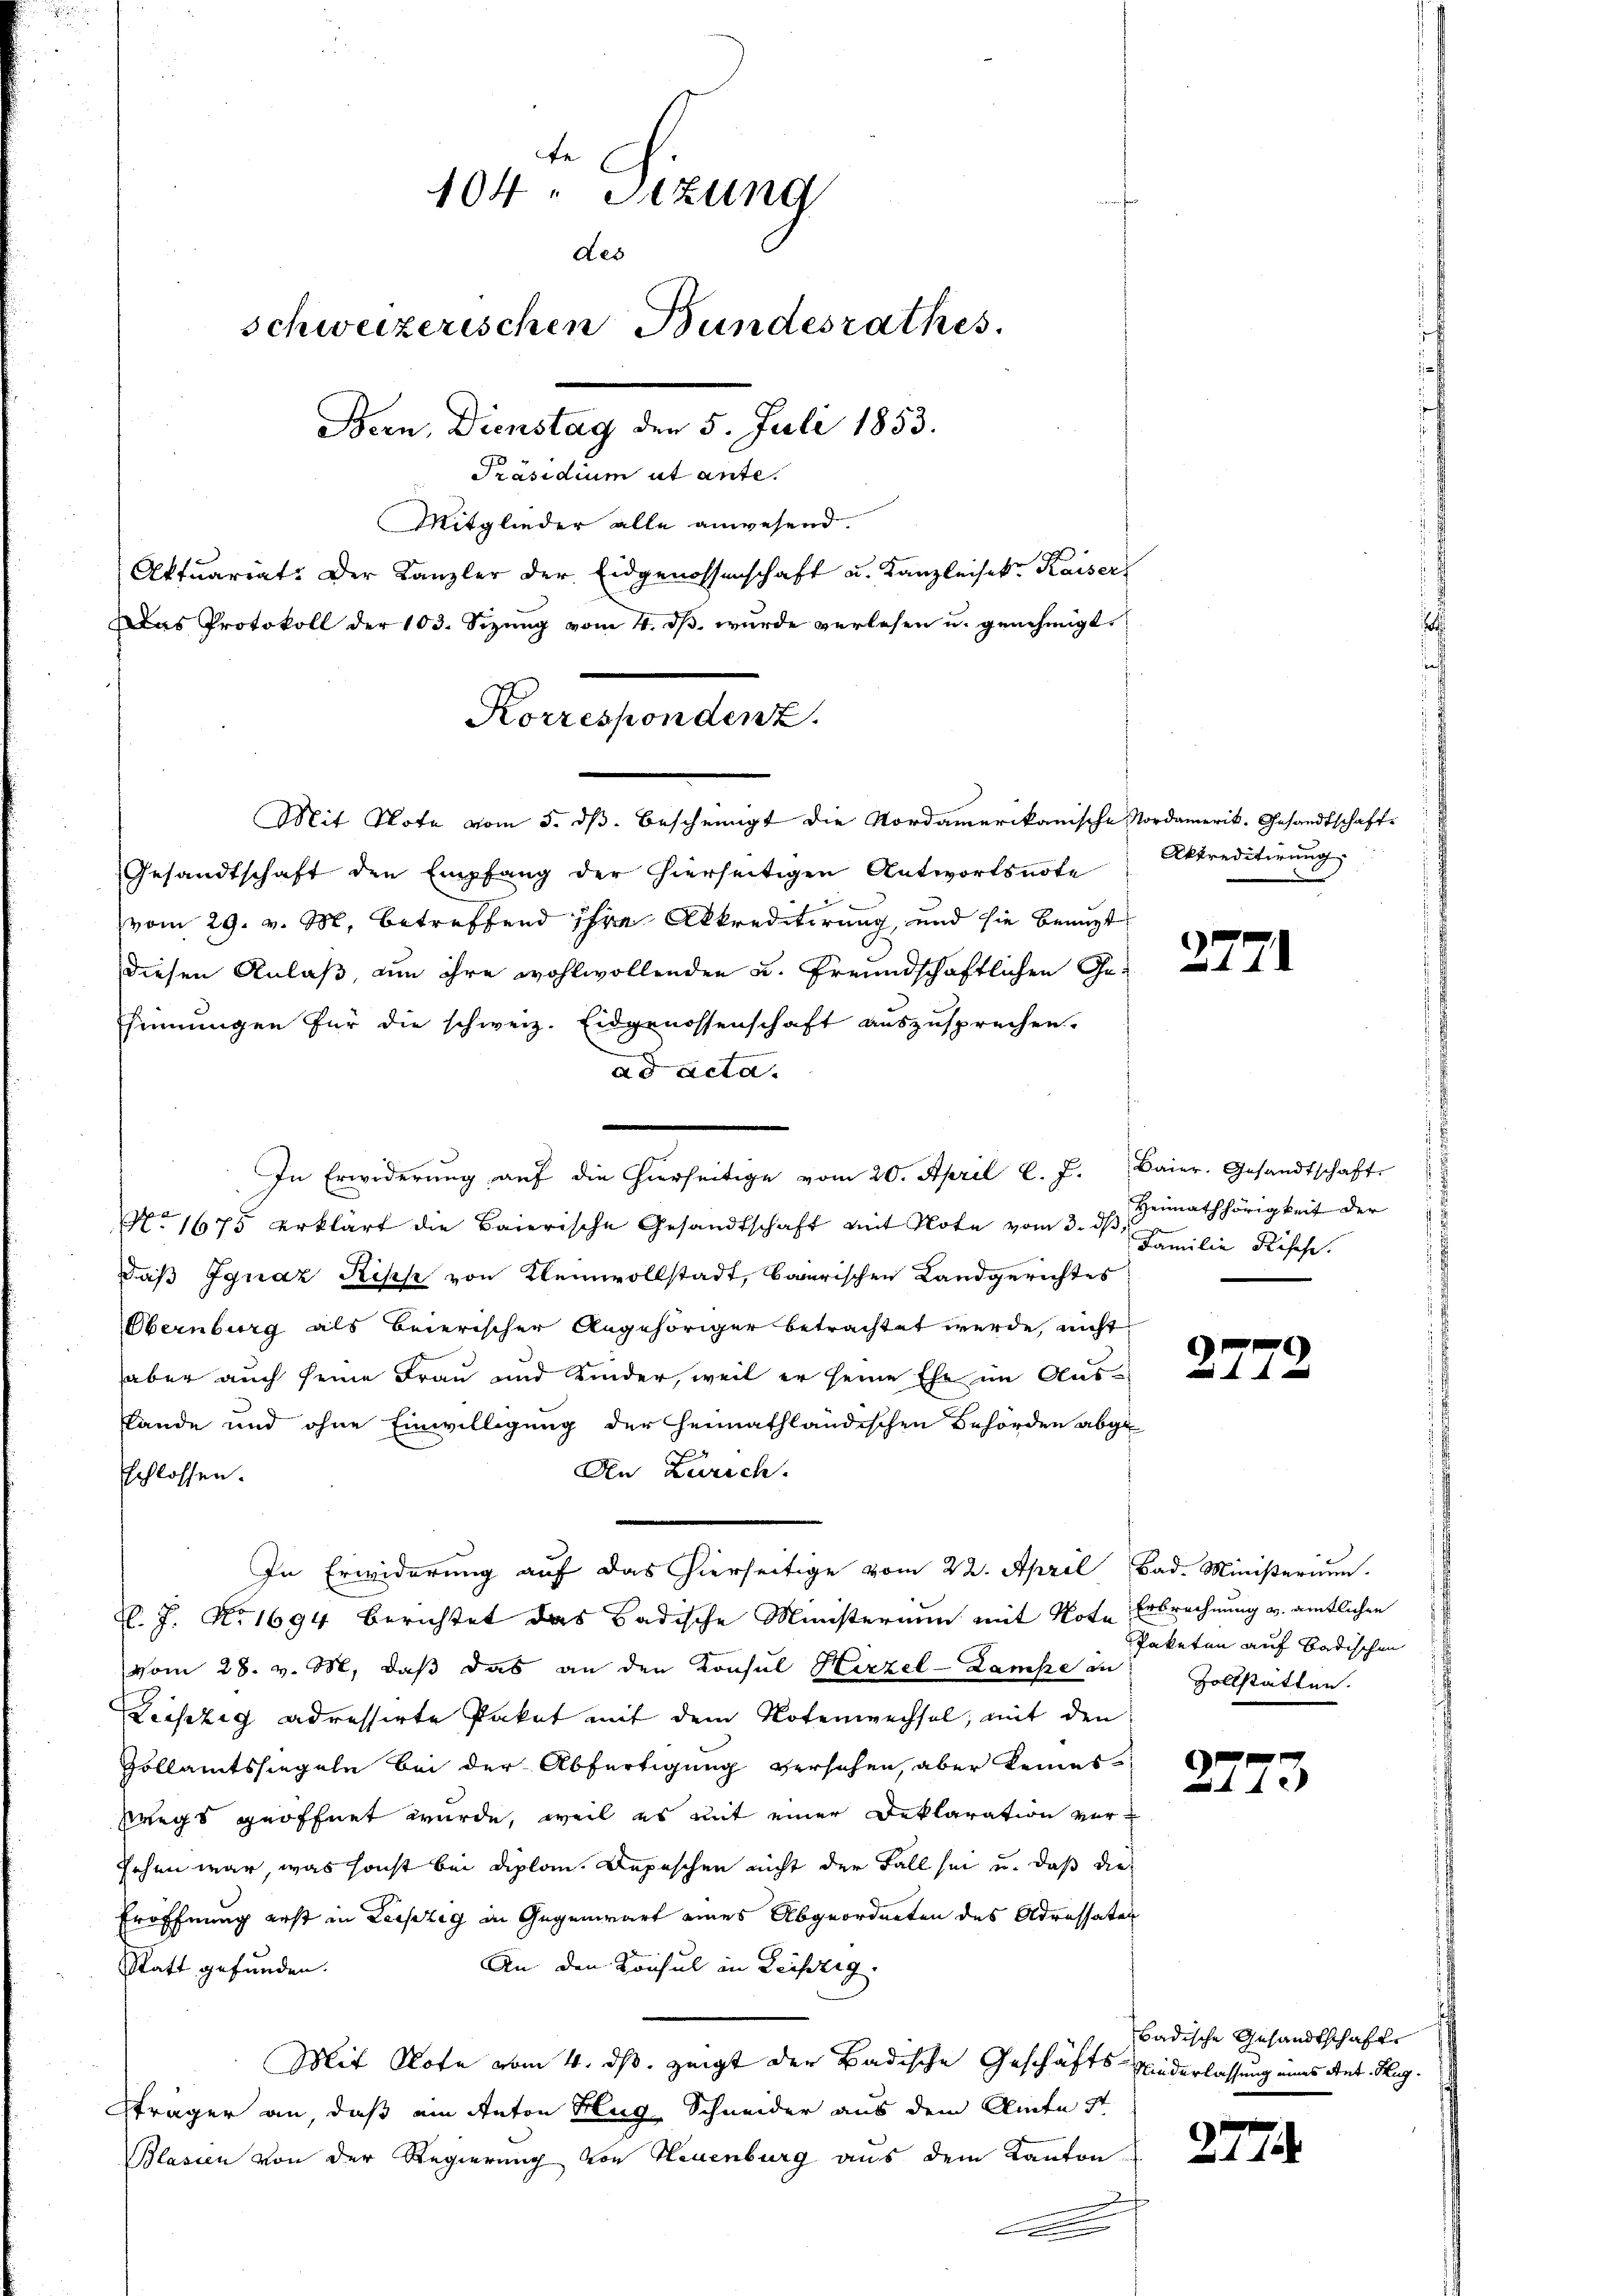
Mit Note vom 5. dß. bescheingt die Nordamerikanische Nordamerik. Gesandtschaft-
Gesandtschaft den Empfang der hierseitigen Antwortsnote Abtreditirŭng.
vom 29. v. M. betreffend ihre Abkreditirung, und sie benuzt
diesen Anlaß, um ihre wohlwollenden u. Freundschaftlichen Gesinnungen für die schweiz. Eidgenossenschaft auszusprechen.
ad acta.
In Erwiderŭng aŭf die hierseitige vom 20. April l. J. Baier. Gesandtschaft
No 1675 erklärt die Baierische Gesandtschaft mit Note vom 3. dβ. Familie Risse.
daß Ignaz Risse von Kleinvollstadt, baerischen Landgerichtes
Obernburg als Beierischer Angehöriger betrachtet werde, nicht
aber auch seine Frau und Kinder, weil er seine Ehe im Aus¬
Lande und ohne Einwilligung der Heimathländischen Behörden abge
An Zürich.
schlossen.
In Erwiderung auf das hierseitige vom 22. April Bad. Ministerium.
El. J. No 1694 berichtet das Badische Ministerium mit Note Erbrechnung u. amtlichen
vom 28. v. M. daß das an den Konsul Hirzel-Lampe in Zollstätten.
Leipzig adressirte Paket mit dem Notenwechsel, mit den
Zollamtssiegeln bei der Abfertigung versehen, aber keines
wegs geöffnet wurde, weil es mit einer Deklaration versehen war, was sonst bei diplom Depeschen nicht der Fall sei u. daß die
Eröffnung erst in Leipzig in Gegenwart eines Abgeordneten des Adressater
An den Konsul in Leistig.
Statt gefunden.
Mit Rote vom 4. ds. zeigt der Badische Geschäfts Niederlassung eines Ant. Hug¬
Sträger an, daß am Anton Hug, Schneider aus dem Amte St
Blasien von der Regierung von Neuenburg aus dem Kanton
.

te
104. Sitzung
des
schweizerischen Bundesrathes.
Bern, Dienstag der 5. Juli 1853.
Präsidium ut ante.
Mitglieder alle anwesend.
Aktuariat. Der Kanzler der Eidgenossenschaft u. Kanzleisek. Kaiser

Das Protokoll der 103. Sizŭng vom 4. dβ wŭrde verlesen u. genehmigt.
Korrespondenz.

2771

Heimathörigkeit der

2772

Paketen auf Badischen

2473

badische Gesandtschafte

27.

.